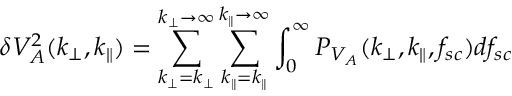
\delta V _ { A } ^ { 2 } ( k _ { \perp } , k _ { \parallel } ) = \sum _ { k _ { \perp } = k _ { \perp } } ^ { k _ { \perp } \rightarrow \infty } \sum _ { k _ { \parallel } = k _ { \parallel } } ^ { k _ { \parallel } \rightarrow \infty } \int _ { 0 } ^ { \infty } P _ { V _ { A } } ( k _ { \perp } , k _ { \parallel } , f _ { s c } ) d f _ { s c }